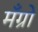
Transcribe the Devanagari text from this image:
मँग्रो